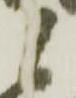
候